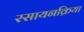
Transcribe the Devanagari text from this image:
रसायनक्रिया